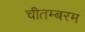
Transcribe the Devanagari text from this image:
चीतम्बरम